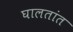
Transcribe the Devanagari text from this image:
घालतांत